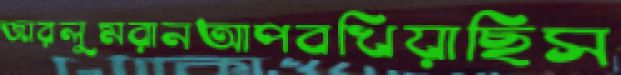
জারলুমরানআপবখিয়াছিস